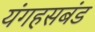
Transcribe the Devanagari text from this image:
यंगहसबंड